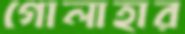
গোলাহার